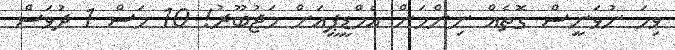
ވިހަ ނުވަނީސް ގޮތެއް ނިންމަން އެމްޑީޕީއަށް މަޖުބޫރު! 10 މަސް 1 ދުވަސް